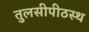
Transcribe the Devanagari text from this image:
तुलसीपीठस्थ